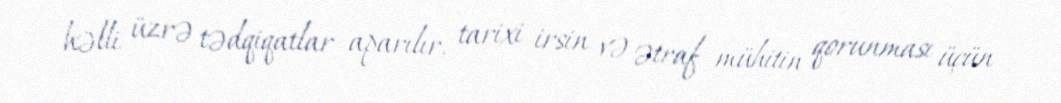
həlli üzrə tədqiqatlar aparılır, tarixi irsin və ətraf mühitin qorunması üçün